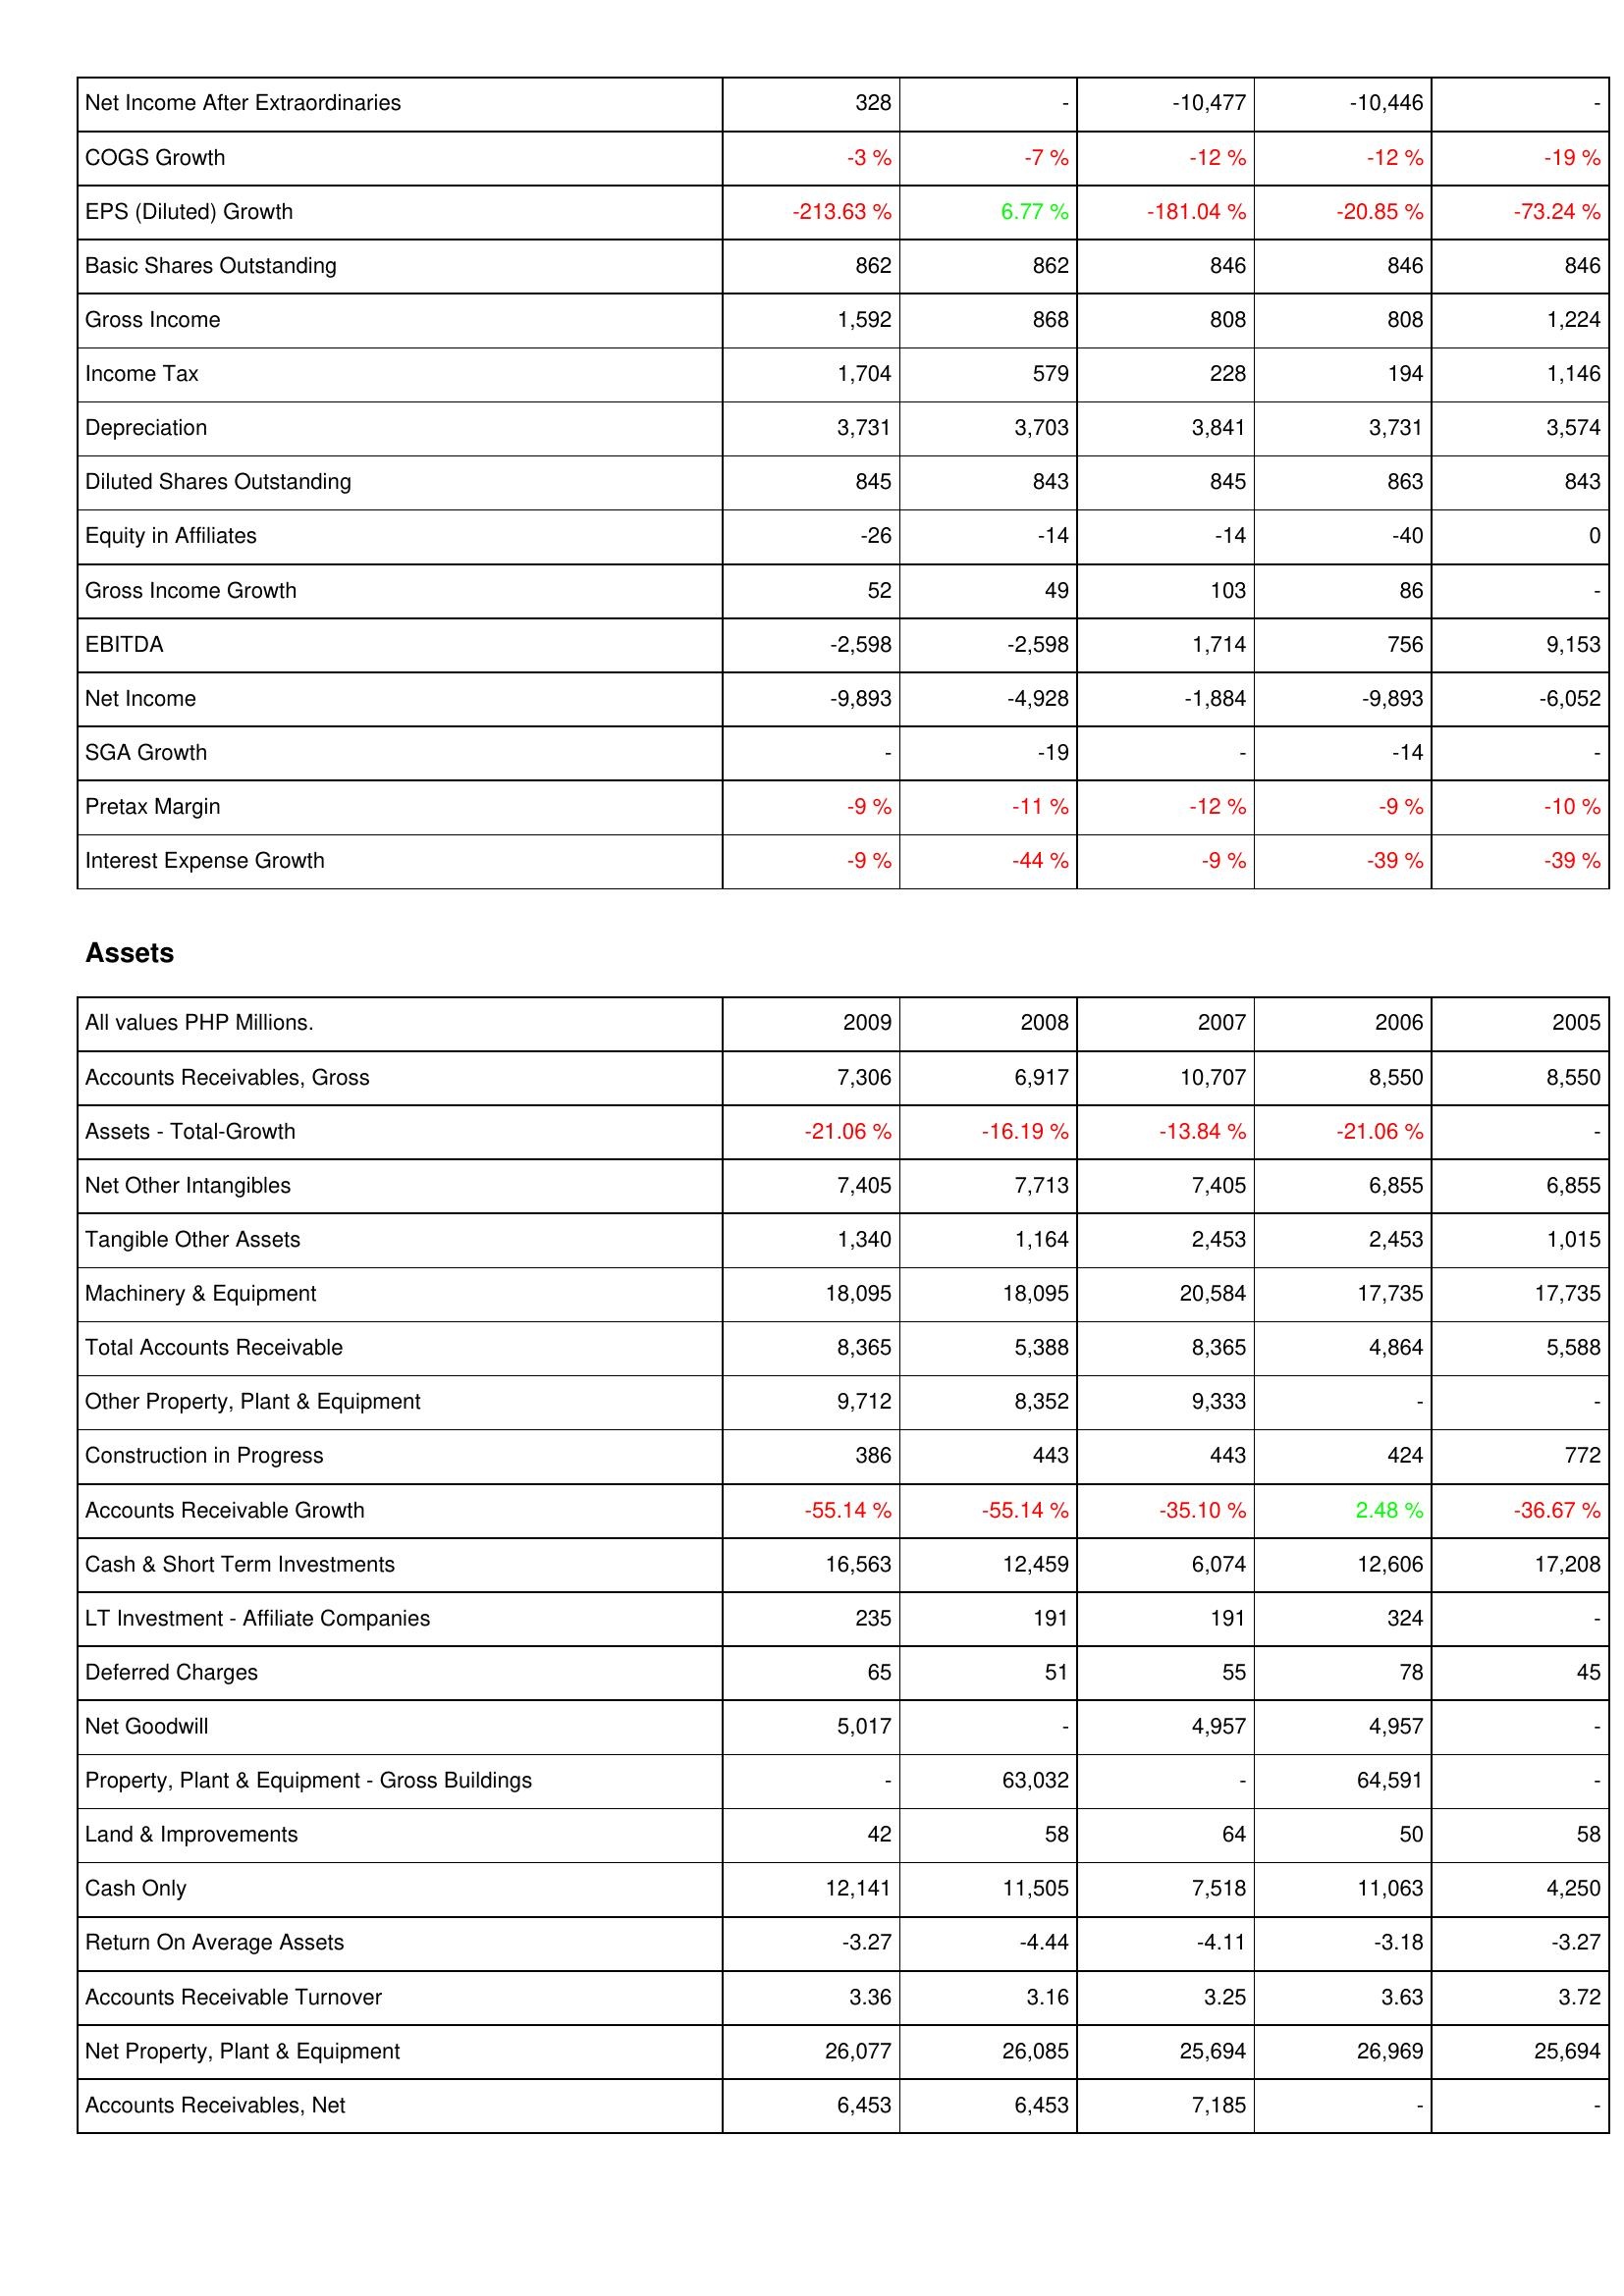
2009: Income Statement: Net Income After Extraordinaries: 328
COGS Growth: -3 %
EPS (Diluted) Growth: -213.63 %
Basic Shares Outstanding: 862
Gross Income: 1,592
Income Tax: 1,704
Depreciation: 3,731
Diluted Shares Outstanding: 845
Equity in Affiliates: -26
Gross Income Growth: 52
EBITDA: -2,598
Net Income: -9,893
SGA Growth: -
Pretax Margin: -9 %
Interest Expense Growth: -9 %
Assets: Accounts Receivables, Gross: 7,306
Assets - Total-Growth: -21.06 %
Net Other Intangibles: 7,405
Tangible Other Assets: 1,340
Machinery & Equipment: 18,095
Total Accounts Receivable: 8,365
Other Property, Plant & Equipment: 9,712
Construction in Progress: 386
Accounts Receivable Growth: -55.14 %
Cash & Short Term Investments: 16,563
LT Investment - Affiliate Companies: 235
Deferred Charges: 65
Net Goodwill: 5,017
Property, Plant & Equipment - Gross Buildings: -
Land & Improvements: 42
Cash Only: 12,141
Return On Average Assets: -3.27
Accounts Receivable Turnover: 3.36
Net Property, Plant & Equipment: 26,077
Accounts Receivables, Net: 6,453
2008: Income Statement: Net Income After Extraordinaries: -
COGS Growth: -7 %
EPS (Diluted) Growth: 6.77 %
Basic Shares Outstanding: 862
Gross Income: 868
Income Tax: 579
Depreciation: 3,703
Diluted Shares Outstanding: 843
Equity in Affiliates: -14
Gross Income Growth: 49
EBITDA: -2,598
Net Income: -4,928
SGA Growth: -19
Pretax Margin: -11 %
Interest Expense Growth: -44 %
Assets: Accounts Receivables, Gross: 6,917
Assets - Total-Growth: -16.19 %
Net Other Intangibles: 7,713
Tangible Other Assets: 1,164
Machinery & Equipment: 18,095
Total Accounts Receivable: 5,388
Other Property, Plant & Equipment: 8,352
Construction in Progress: 443
Accounts Receivable Growth: -55.14 %
Cash & Short Term Investments: 12,459
LT Investment - Affiliate Companies: 191
Deferred Charges: 51
Net Goodwill: -
Property, Plant & Equipment - Gross Buildings: 63,032
Land & Improvements: 58
Cash Only: 11,505
Return On Average Assets: -4.44
Accounts Receivable Turnover: 3.16
Net Property, Plant & Equipment: 26,085
Accounts Receivables, Net: 6,453
2007: Income Statement: Net Income After Extraordinaries: -10,477
COGS Growth: -12 %
EPS (Diluted) Growth: -181.04 %
Basic Shares Outstanding: 846
Gross Income: 808
Income Tax: 228
Depreciation: 3,841
Diluted Shares Outstanding: 845
Equity in Affiliates: -14
Gross Income Growth: 103
EBITDA: 1,714
Net Income: -1,884
SGA Growth: -
Pretax Margin: -12 %
Interest Expense Growth: -9 %
Assets: Accounts Receivables, Gross: 10,707
Assets - Total-Growth: -13.84 %
Net Other Intangibles: 7,405
Tangible Other Assets: 2,453
Machinery & Equipment: 20,584
Total Accounts Receivable: 8,365
Other Property, Plant & Equipment: 9,333
Construction in Progress: 443
Accounts Receivable Growth: -35.10 %
Cash & Short Term Investments: 6,074
LT Investment - Affiliate Companies: 191
Deferred Charges: 55
Net Goodwill: 4,957
Property, Plant & Equipment - Gross Buildings: -
Land & Improvements: 64
Cash Only: 7,518
Return On Average Assets: -4.11
Accounts Receivable Turnover: 3.25
Net Property, Plant & Equipment: 25,694
Accounts Receivables, Net: 7,185
2006: Income Statement: Net Income After Extraordinaries: -10,446
COGS Growth: -12 %
EPS (Diluted) Growth: -20.85 %
Basic Shares Outstanding: 846
Gross Income: 808
Income Tax: 194
Depreciation: 3,731
Diluted Shares Outstanding: 863
Equity in Affiliates: -40
Gross Income Growth: 86
EBITDA: 756
Net Income: -9,893
SGA Growth: -14
Pretax Margin: -9 %
Interest Expense Growth: -39 %
Assets: Accounts Receivables, Gross: 8,550
Assets - Total-Growth: -21.06 %
Net Other Intangibles: 6,855
Tangible Other Assets: 2,453
Machinery & Equipment: 17,735
Total Accounts Receivable: 4,864
Other Property, Plant & Equipment: -
Construction in Progress: 424
Accounts Receivable Growth: 2.48 %
Cash & Short Term Investments: 12,606
LT Investment - Affiliate Companies: 324
Deferred Charges: 78
Net Goodwill: 4,957
Property, Plant & Equipment - Gross Buildings: 64,591
Land & Improvements: 50
Cash Only: 11,063
Return On Average Assets: -3.18
Accounts Receivable Turnover: 3.63
Net Property, Plant & Equipment: 26,969
Accounts Receivables, Net: -
2005: Income Statement: Net Income After Extraordinaries: -
COGS Growth: -19 %
EPS (Diluted) Growth: -73.24 %
Basic Shares Outstanding: 846
Gross Income: 1,224
Income Tax: 1,146
Depreciation: 3,574
Diluted Shares Outstanding: 843
Equity in Affiliates: 0
Gross Income Growth: -
EBITDA: 9,153
Net Income: -6,052
SGA Growth: -
Pretax Margin: -10 %
Interest Expense Growth: -39 %
Assets: Accounts Receivables, Gross: 8,550
Assets - Total-Growth: -
Net Other Intangibles: 6,855
Tangible Other Assets: 1,015
Machinery & Equipment: 17,735
Total Accounts Receivable: 5,588
Other Property, Plant & Equipment: -
Construction in Progress: 772
Accounts Receivable Growth: -36.67 %
Cash & Short Term Investments: 17,208
LT Investment - Affiliate Companies: -
Deferred Charges: 45
Net Goodwill: -
Property, Plant & Equipment - Gross Buildings: -
Land & Improvements: 58
Cash Only: 4,250
Return On Average Assets: -3.27
Accounts Receivable Turnover: 3.72
Net Property, Plant & Equipment: 25,694
Accounts Receivables, Net: -